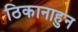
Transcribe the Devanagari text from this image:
ठिकानाहुन